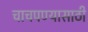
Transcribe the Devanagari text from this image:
चाचपण्यासाठी